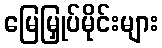
မြေမြှုပ်မိုင်းများ